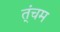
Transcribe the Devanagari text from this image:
त्ंचम